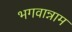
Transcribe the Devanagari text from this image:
भगवान्नाम